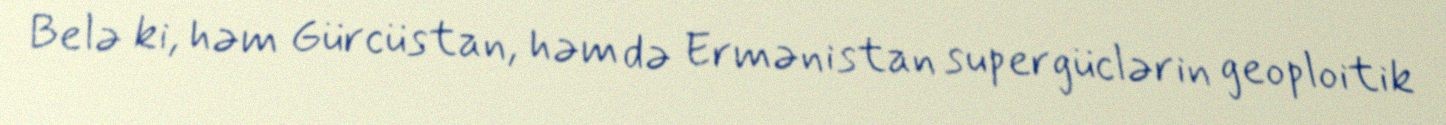
Belə ki, həm Gürcüstan, həm də Ermənistan supergüclərin geoploitik